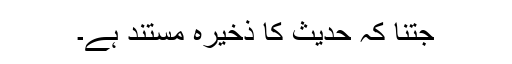
جتنا کہ حدیث کا ذخیرہ مستند ہے۔